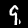
Label: 9